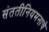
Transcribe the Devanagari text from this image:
संततीनियमनाचे